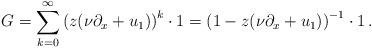
LaTeX: \begin{align*} G= \sum_{k=0}^\infty \left(z (\nu \partial_x+u_1)\right)^k \cdot 1 = \left(1-z (\nu \partial_x+u_1) \right)^{-1} \cdot 1\, .\end{align*}